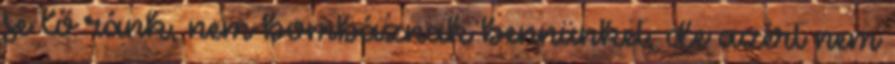
se lő ránk, nem bombáznak bennünket, de azért nem